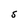
Character: S